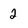
Character: 2